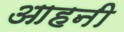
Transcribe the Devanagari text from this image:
आहनी